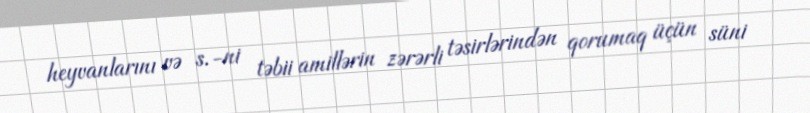
heyvanlarını və s.-ni təbii amillərin zərərli təsirlərindən qorumaq üçün süni